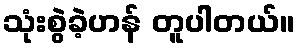
သုံးစွဲခဲ့ဟန် တူပါတယ်။